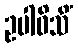
ဥပါဝိသိံ